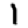
Digit: 1